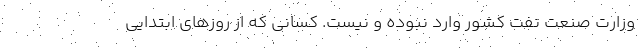
وزارت صنعت نفت کشور وارد نبوده و نیست. کسانی که از روزهای ابتدایی